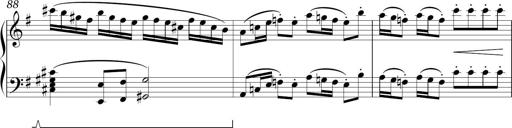
Title: Sonatina in E minor
Composer: Shuwen Zhang
Key: E minor